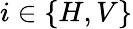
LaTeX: i\in\{ H,V\}